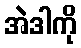
အဲဒါကို